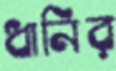
ধানির